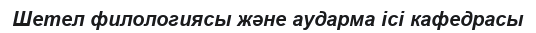
Шетел филологиясы және аударма ісі кафедрасы